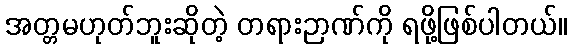
အတ္တမဟုတ်ဘူးဆိုတဲ့ တရားဉာဏ်ကို ရဖို့ဖြစ်ပါတယ်။